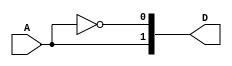
//2-to-4 Line Decoder
//4 AND gates on the output
//2x 1-to-2 Line Decoders

module decoder1to2 (
    A, D
);

input A;
output[1:0] D;

assign D[0] =  ~A;
assign D[1] = A;
    
endmodule